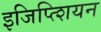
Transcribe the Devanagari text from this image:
इजिप्त्शियन